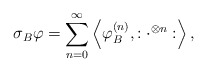
\begin{align*}\sigma_{B}\varphi=\sum_{n=0}^\infty \left\langle {\varphi}_{B}^{(n)}, :\cdot^{\otimes n}: \right\rangle,\end{align*}